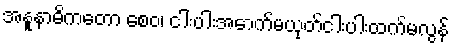
အနူနာဓိကတော စေဝ၊ ငါးပါးအောက်မယုတ်ငါးပါးထက်မလွန်